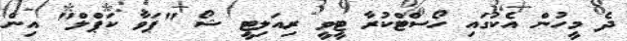
ދެ މީހުން އެކުގައި ހޯސްޓްކުރާ ޓީވީ ރިއަލިޓީ ޝޯ "ޕަވާ ކަޕްލް" އިން